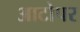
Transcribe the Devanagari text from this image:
आटोपर